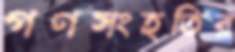
গণসংহতির